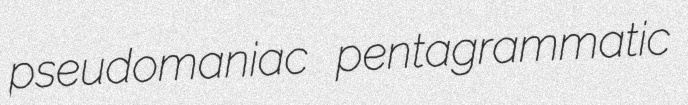
pseudomaniac pentagrammatic